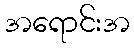
အရောင်းအ